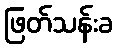
ဖြတ်သန်းခ